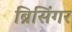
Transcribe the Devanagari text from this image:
ब्रिसिंगर